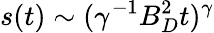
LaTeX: s(t)\sim(\gamma^{-1}B_{D}^{2}t)^{\gamma}